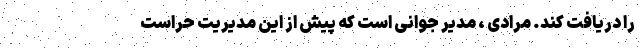
را دریافت کند. مرادی ، مدیر جوانی است که پیش از این مدیریت حراست